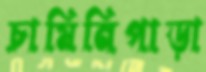
চামিনিপাড়া